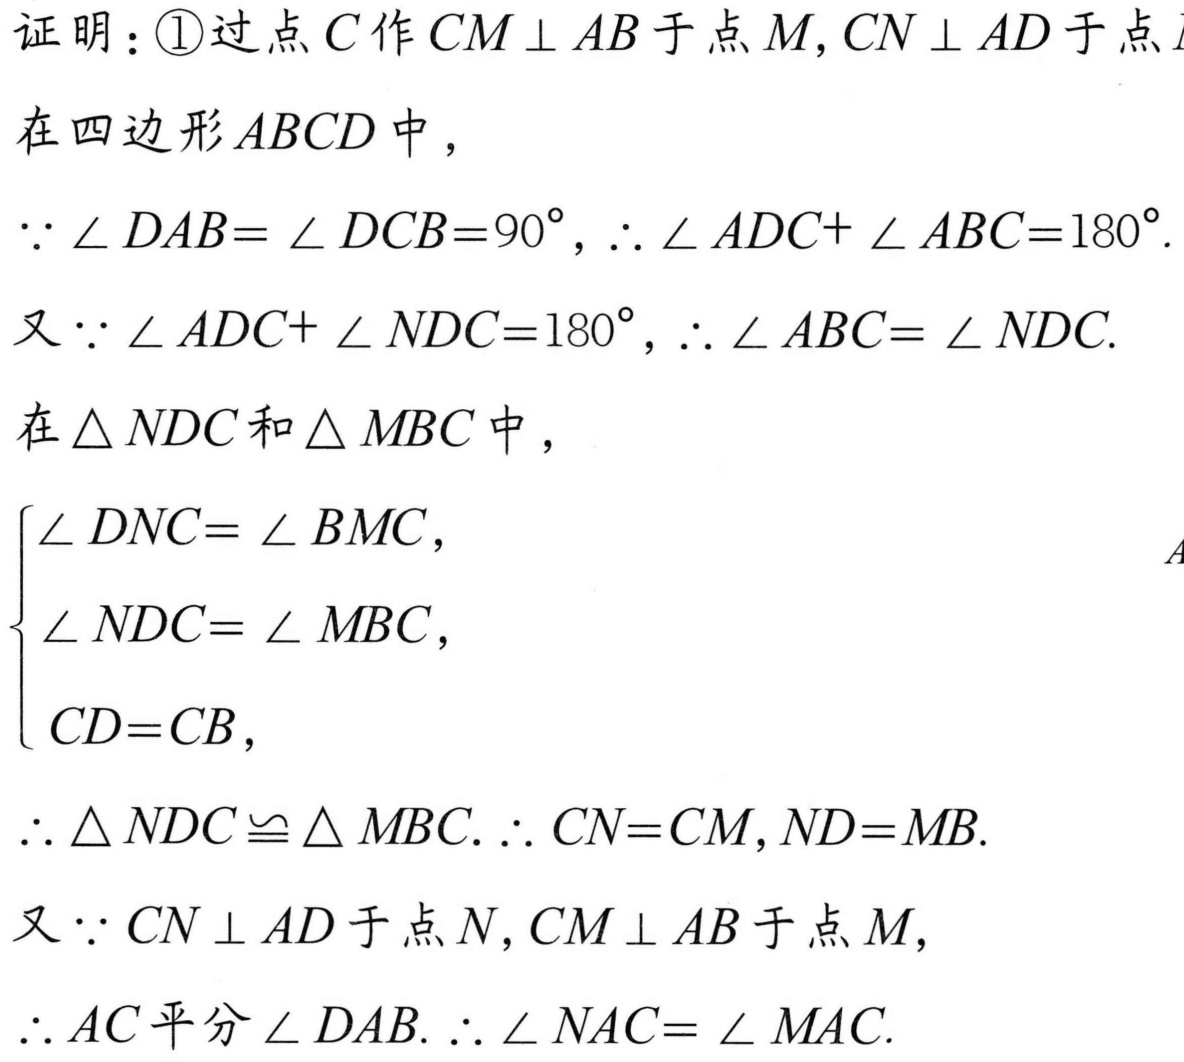
证明：\textcircled{1}过点\(C\)作\(CM\perp AB\)于点\(M\), \(CN\perp AD\)于点\(N\)
在四边形\(ABCD\)中，
\(\because\angle DAB = \angle DCB = 90^{\circ}\), \(\therefore\angle ADC+\angle ABC = 180^{\circ}\).
又\(\because\angle ADC+\angle NDC = 180^{\circ}\), \(\therefore\angle ABC=\angle NDC\).
在\(\triangle NDC\)和\(\triangle MBC\)中，
\(\begin{cases}
\angle DNC=\angle BMC,\\
\angle NDC=\angle MBC,\\
CD = CB,
\end{cases}\)
\(\therefore\triangle NDC\cong\triangle MBC\). \(\therefore CN = CM,ND = MB\).
又\(\because CN\perp AD\)于点\(N\), \(CM\perp AB\)于点\(M\),
\(\therefore AC\)平分\(\angle DAB\). \(\therefore\angle NAC=\angle MAC\).